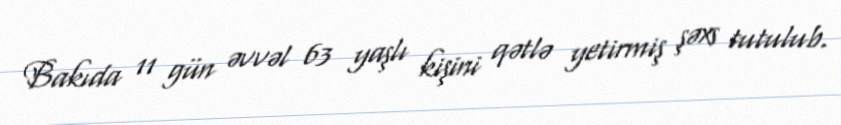
Bakıda 11 gün əvvəl 63 yaşlı kişini qətlə yetirmiş şəxs tutulub.